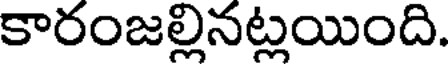
కారంజల్లినట్లయింది.